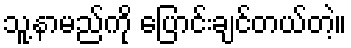
သူ့နာမည်ကို ပြောင်းချင်တယ်တဲ့။